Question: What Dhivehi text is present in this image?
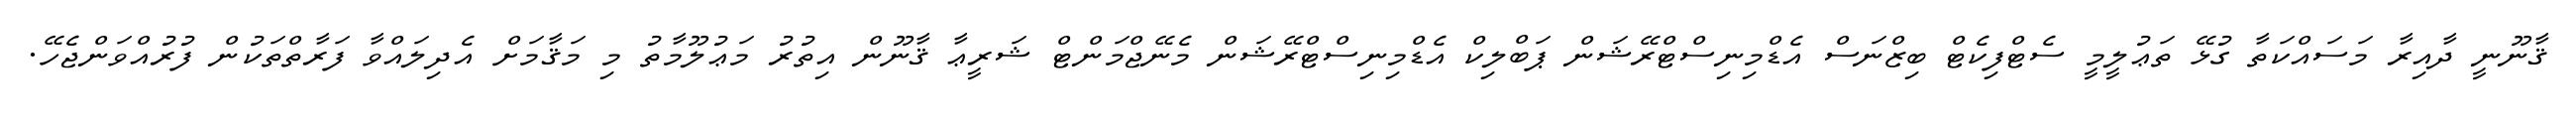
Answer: ޤާނޫނީ ދާއިރާ މަސައްކަތާ ގުޅޭ ތަޢުލީމީ ސެޓްފިކެޓް ބިޒްނަސް އެޑްމިނިސްޓްރޭޝަން ޕަބްލިކް އެޑްމިނިސްޓްރޭޝަން މެނޭޖްމަންޓް ޝަރީޢާ ޤާނޫން އިތުރު މަޢުލޫމާތު މި މަޤާމަށް އެދިލައްވާ ފަރާތްތަކުން ފުރުއްވަންޖެހޭ.